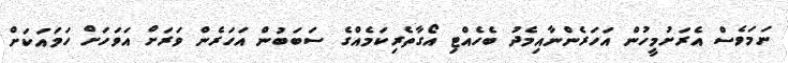
ނަމަވެސް އެރަށުމީހުން އަހަރެންނާއިމެދު ބެހެއްޓި އޯގާތެރިކަމެއްގެ ސަބަބުން އަހަރެން ވަރަށް އަވަހަށް ހަމައަކަށް